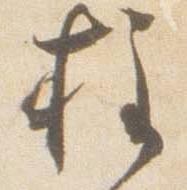
柱